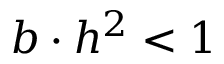
b \cdot h ^ { 2 } < 1